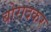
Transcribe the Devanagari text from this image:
बोरादकर